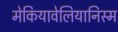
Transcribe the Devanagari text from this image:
मेकियावेलियानिस्म